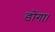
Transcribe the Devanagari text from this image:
डोंगा।